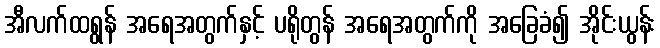
အီလက်ထရွန် အရေအတွက်နှင့် ပရိုတွန် အရေအတွက်ကို အခြေခံ၍ အိုင်းယွန်း